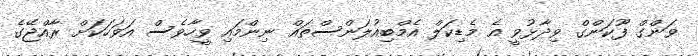
ވަންގް ފޫކަންގް ވިދާޅުވީ އެ މެޑިކަލް އެމްބިއުލަންސްތައް ނިންމައި ވީހާވެސް އަވަހަކަށް ރާއްޖޭގެ